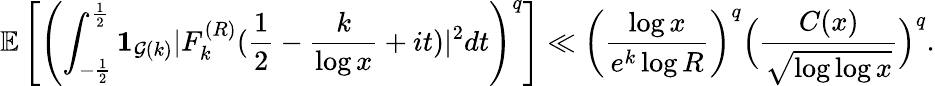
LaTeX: \mathbb E\left[\left(\int_{-\frac{1}{2}}^{\frac{1}{2}}\mathbf{1}_{\mathcal{G}(k)}|F_{k}^{(R)}(\frac{1}{2}-\frac{k}{\log x}+it)|^{2}dt\right)^{q}\right]\ll\left(\frac{\log x}{e^{k}\log R}\right)^{q}\Big(\frac{C(x)}{\sqrt{\log\log x}}\Big)^{q}.